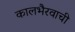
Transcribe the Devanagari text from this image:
कालभैरवाची